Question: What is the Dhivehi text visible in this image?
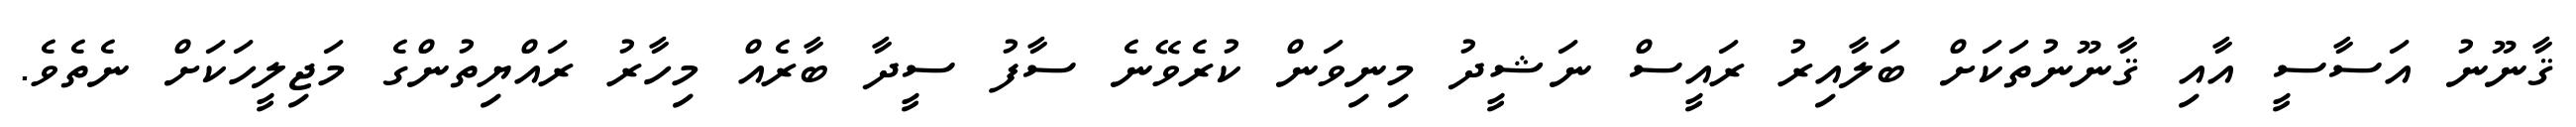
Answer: ޤާނޫނު އަސާސީ އާއި ޤާނޫނުތަކަށް ބަލާއިރު ރައީސް ނަޝީދު މިނިވަން ކުރެވޭނެ ސާފު ސީދާ ބާރެއް މިހާރު ރައްޔިތުންގެ މަޖިލީހަކަށް ނެތެވެ.